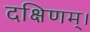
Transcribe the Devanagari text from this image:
दक्षिणम्।